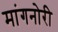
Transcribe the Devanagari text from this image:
मांगनोरी